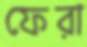
ফেরা